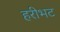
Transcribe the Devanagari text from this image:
हरीभट